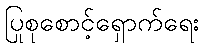
ပြုစုစောင့်ရှောက်ရေး